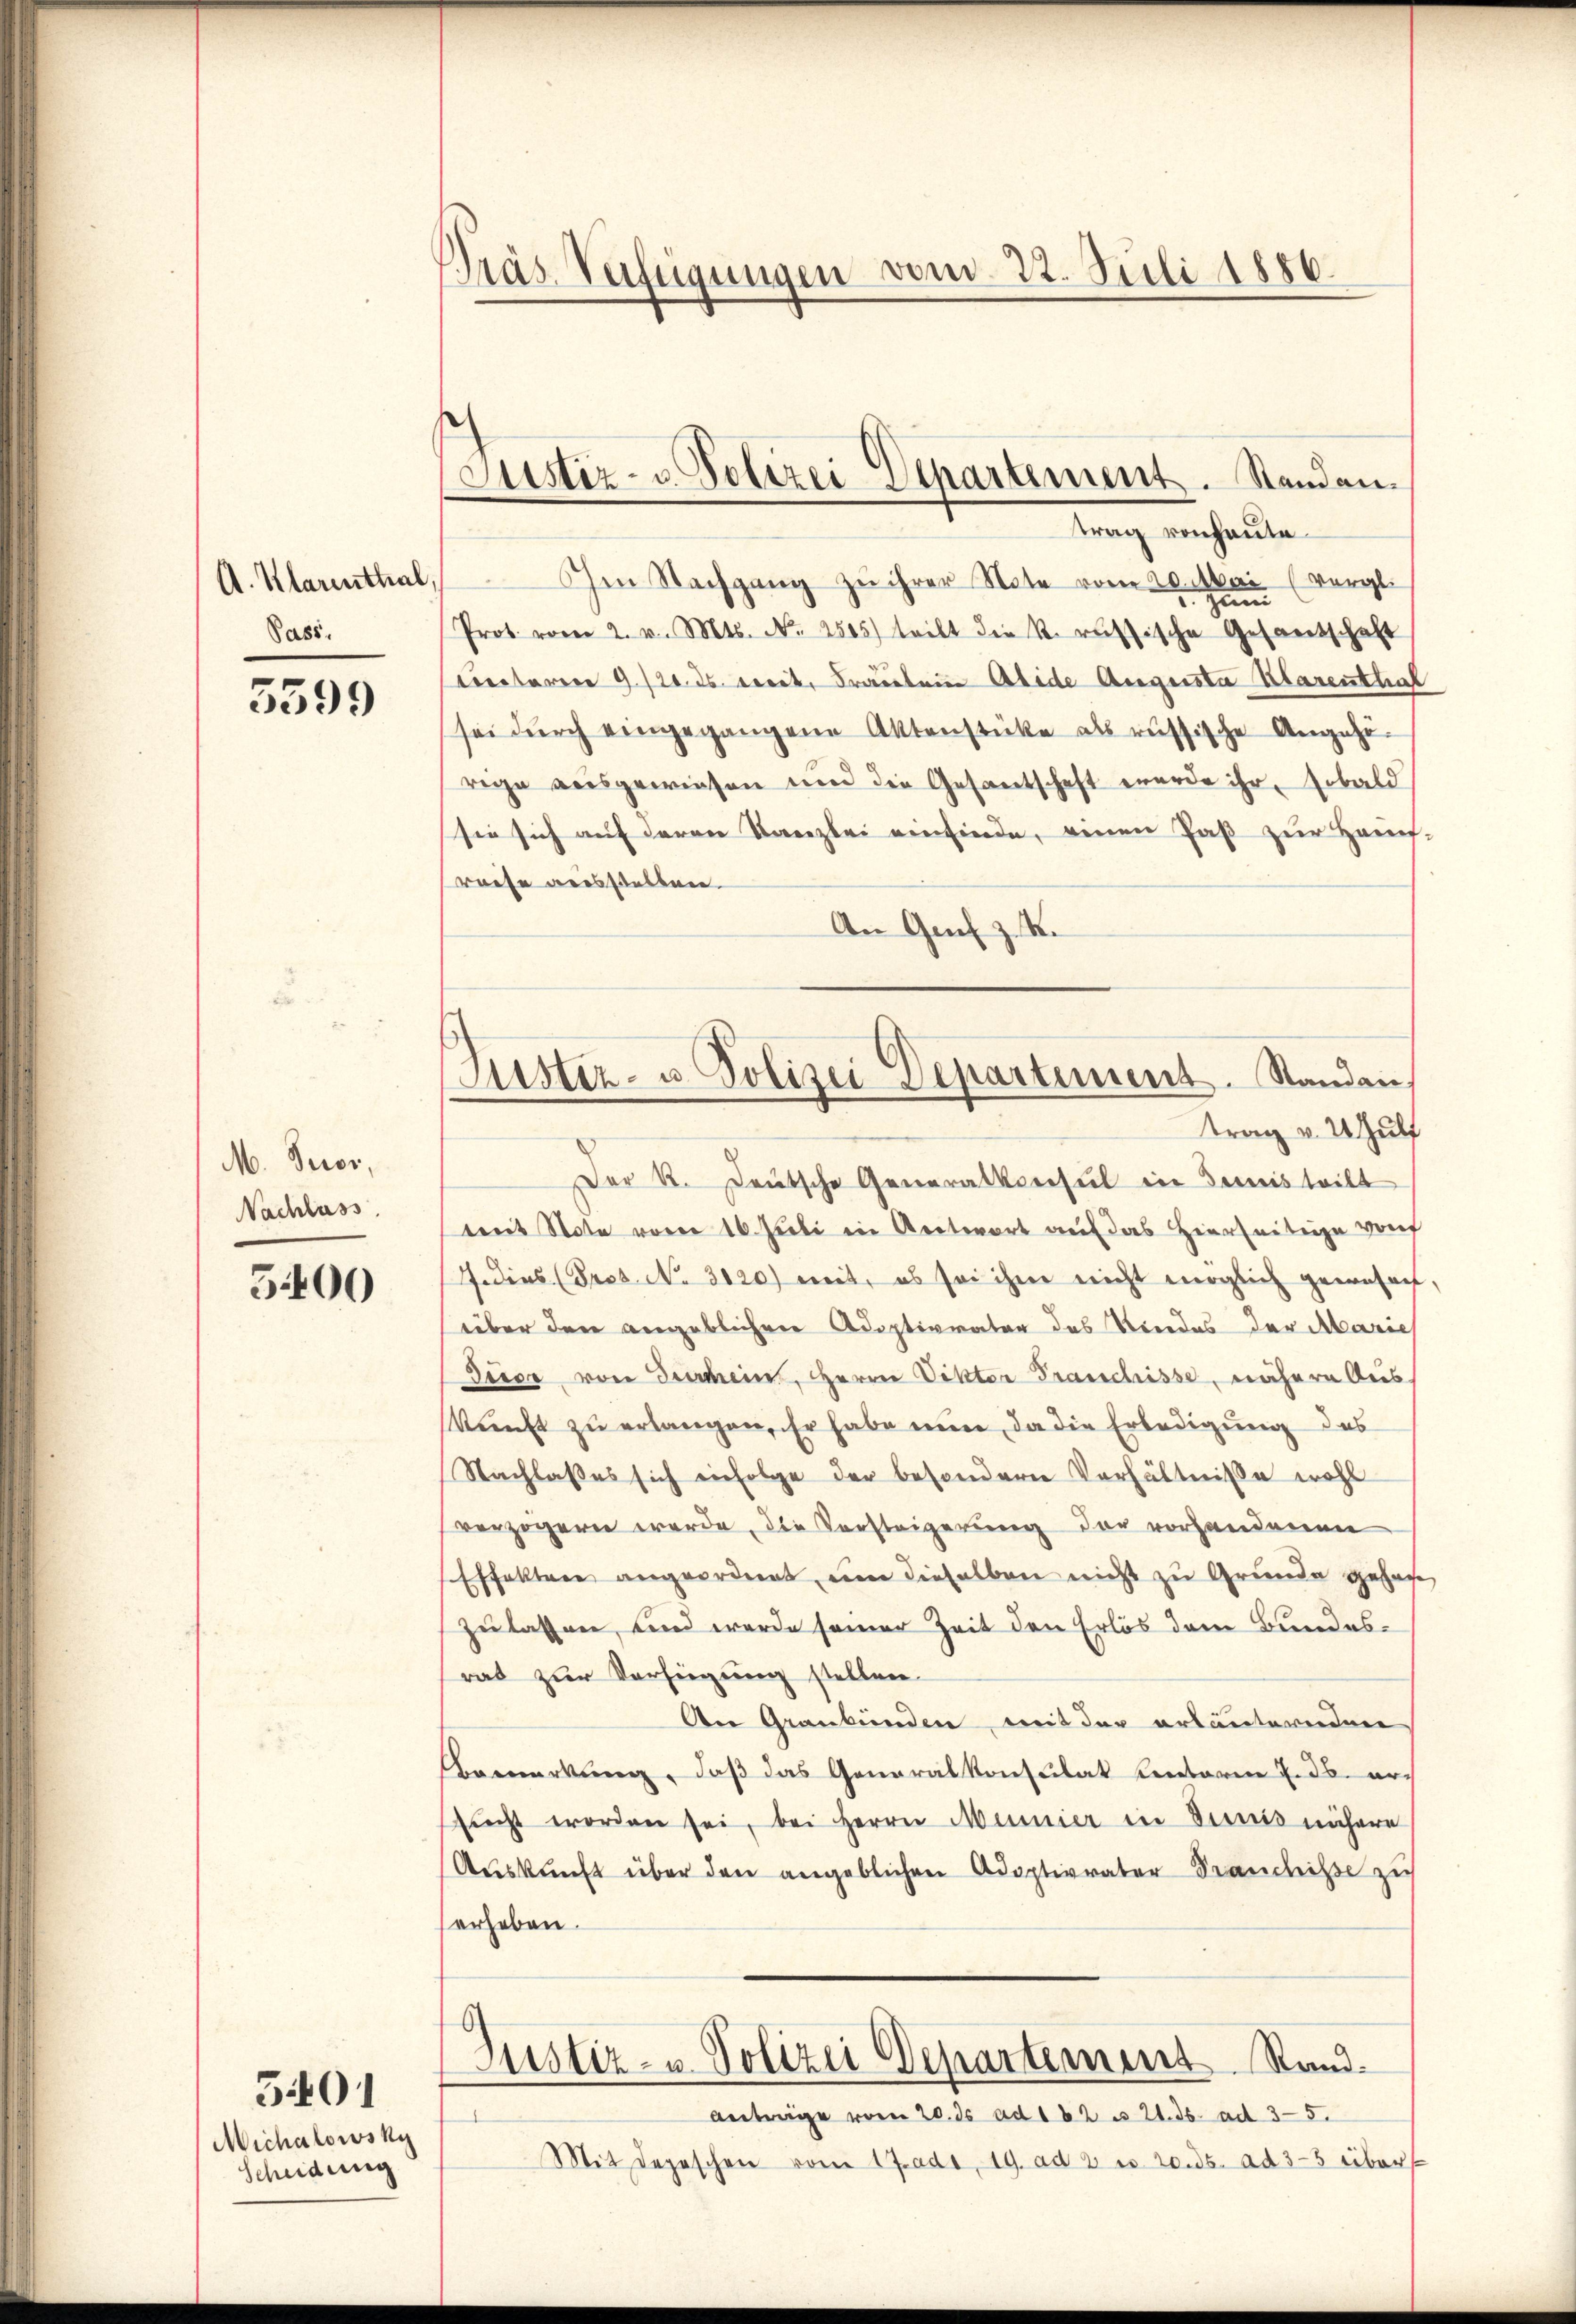
A. Klarenthal,
Pass.

5599

M. Tuor,
Nachlass

5400

Michalowsky
Scheidung

5401

Präs. Verfügungen vom 22. Juli 1886.

Justiz- u. Polizei Departement. Standen.
trag von heute.

Justiz- u. Polizei Departement. Standen,
trag v. 2. Zulf

Im Nachgang zu ihrer Note vom 20. Mai (vergl.
Prot. vom 2. v. Mts. No. 4505) teilt die k. russische Gesandschaft
tectoren 9./20. ds. cit. Fräulein Abide Augusta Klarenthal
sei durch eingegangene Aktenstücke als russische Angehö-
rege ausgewiesen und die Gesantschaft werde ihr, sobald
sie sich auf deren Kanzlei einfinde, einen Paß zur Haupt-
reise ausstellen.
An Genf z. K.
Der K. Deutsche Generalkonsul in Semesteilt
mit Note von 16. Juli ein Antwort auf das Hierseitige von
. Dies (Pros. No. 3120) mit, es sei ihme nicht möglich gewesen,
über den angeblichen Adoptivvater das Kindes der Marich
Dieer von Beischeins, Herrn Viktor Franchisse, nähere Aus
kunft zu erlangen. Er habe nun, da die Erledigung des
Nachlaßes sich einfolge der besondern Verhältnisse wohl
verzögern werde, die Versteigerung der vorhandenen
Effektere angeordnet, um dieselben nicht zu Grunde gesage,
zulassen, und werde seiner Zeit den Erlös dem Bundesrat zur Verfügung stellen.
An Graubünden mit der erläuternden
emerkung, daß das Generalkonsulat Centerm 7. ds. ersicht worden sei, bei Herrn Mumier in Dimis nähere
Aŭskŭnft über den angeblichen Adoptivvater Brandniße zu
erheben.
Justiz- u. Polizei Departement Stand.
Anträge vom 20. ds ad 182 n 21. ds. ad 35.
Mit Depeschen vom 17.ado 19. ad 2 u. 20. ds. ad 33 über